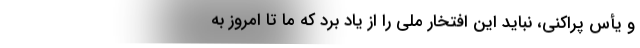
و یأس پراکنی، نباید این افتخار ملی را از یاد برد که ما تا امروز به